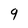
Character: 9